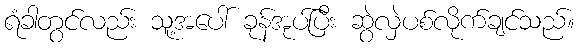
ရံခါတွင်လည်း သူ့အပေါ် ခုန်အုပ်ပြီး ဆွဲလှဲပစ်လိုက်ချင်သည်။